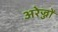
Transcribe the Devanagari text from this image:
अरेज्जों